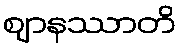
ဈာနဿာတိ